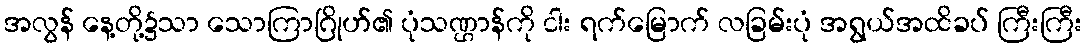
အလွန် နေ့တို့၌သာ သောကြာဂြိုဟ်၏ ပုံသဏ္ဌာန်ကို ငါး ရက်မြောက် လခြမ်းပုံ အရွယ်အထိခပ် ကြီးကြီး